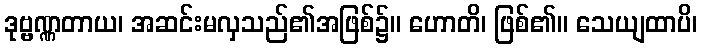
ဒုဗ္ဗဏ္ဏတာယ၊ အဆင်းမလှသည်၏အဖြစ်၌။ ဟောတိ၊ ဖြစ်၏။ သေယျထာပိ၊